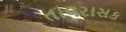
તાલરાસક